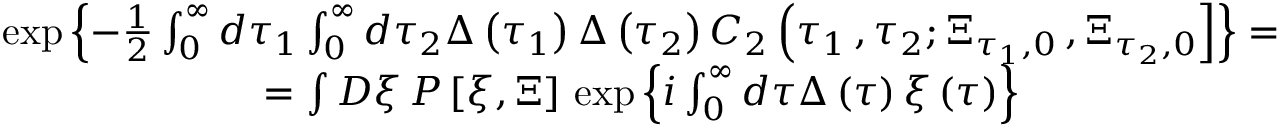
\begin{array} { c } { { \exp \left\{ - \frac 1 2 \int _ { 0 } ^ { \infty } d \tau _ { 1 } \int _ { 0 } ^ { \infty } d \tau _ { 2 } \Delta \left( \tau _ { 1 } \right) \Delta \left( \tau _ { 2 } \right) C _ { 2 } \left( \tau _ { 1 } \, , \tau _ { 2 } ; \Xi _ { \tau _ { 1 } , 0 } \, , \Xi _ { \tau _ { 2 } , 0 } \right] \right\} = } } \\ { { = \int D \xi \, P \left[ \xi , \Xi \right] \, \exp \left\{ i \int _ { 0 } ^ { \infty } d \tau \Delta \left( \tau \right) \xi \left( \tau \right) \right\} } } \end{array}